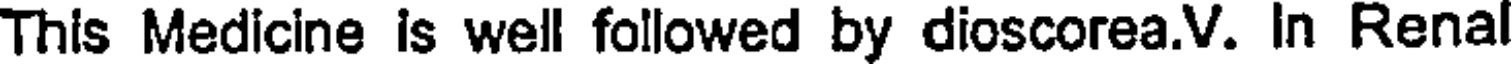
This Medicine is well followed by dioscorea.V. In Renal